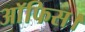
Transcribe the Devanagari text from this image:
आॅफिस।